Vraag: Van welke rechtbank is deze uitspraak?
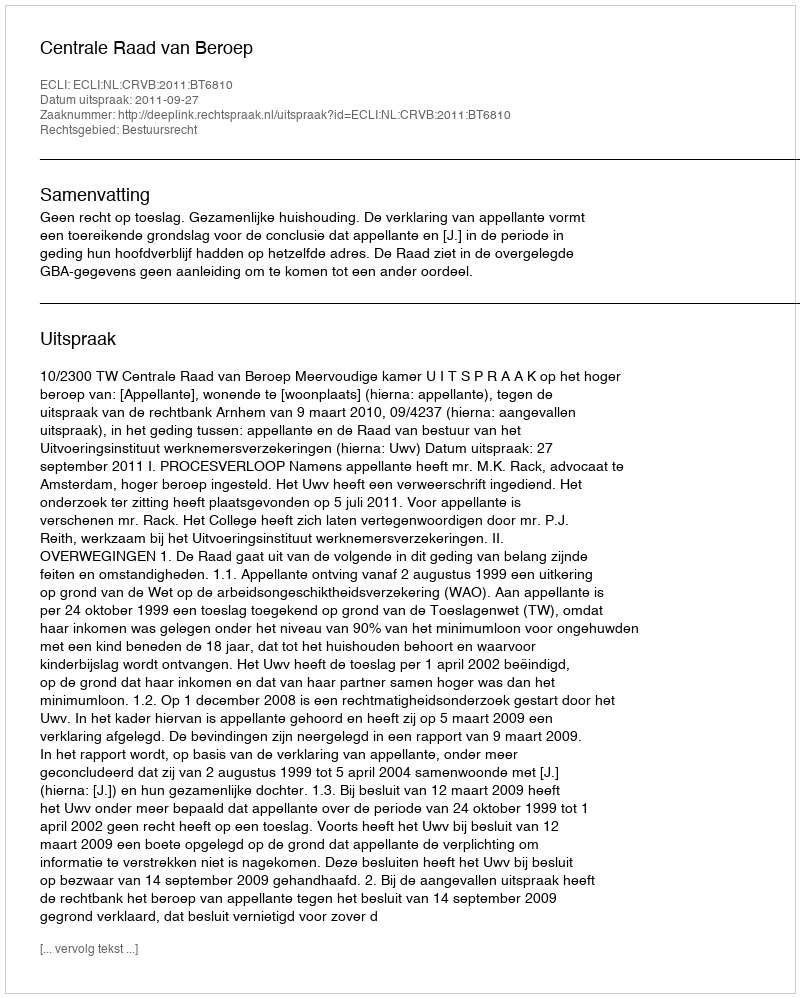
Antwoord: Centrale Raad van Beroep